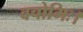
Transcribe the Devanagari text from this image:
वचोभिः।